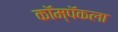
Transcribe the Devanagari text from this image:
कॉम्पॅकला